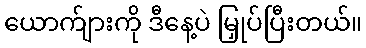
ယောက်ျားကို ဒီနေ့ပဲ မြှုပ်ပြီးတယ်။